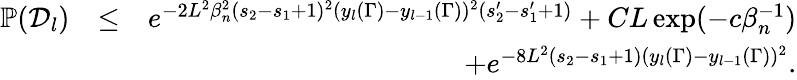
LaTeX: \begin{array}{rlr}{\mathbb{P}(\mathcal{D}_{l})}&{\leq}&{e^{-2L^{2}\beta_{n}^{2}(s_{2}-s_{1}+1)^{2}(y_{l}(\Gamma)-y_{l-1}(\Gamma))^{2}(s_{2}^{\prime}-s_{1}^{\prime}+1)}+CL\exp(-c\beta_{n}^{-1})}\\ &{}&{+e^{-8L^{2}(s_{2}-s_{1}+1)(y_{l}(\Gamma)-y_{l-1}(\Gamma))^{2}}.}\end{array}